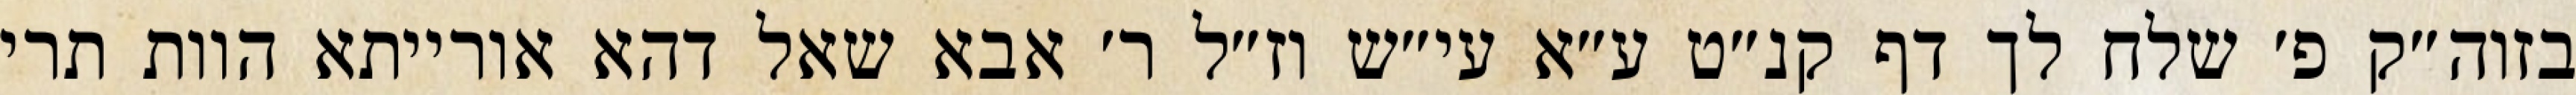
בזוה״ק פ׳ שלח לך דף קנ״ט ע״א עי״ש וז״ל ר׳ אבא שאל דהא אורייתא הוות תרי